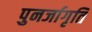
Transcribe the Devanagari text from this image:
पुनर्जागृति